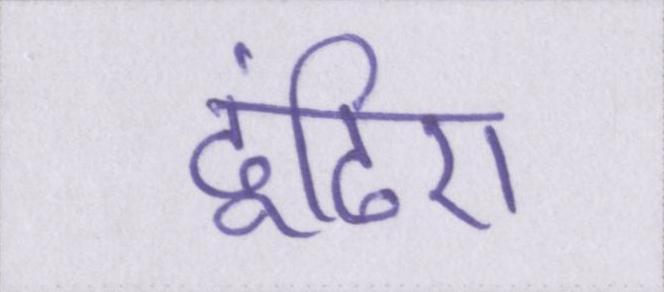
ढूंढिए